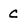
Character: C